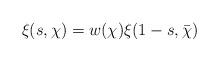
LaTeX: \begin{align*}\xi(s, \chi) = w(\chi) \xi(1-s, \bar{\chi})\end{align*}